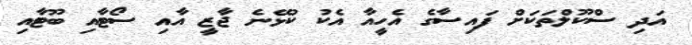
އަދި ސްކޫލްތަކަށް ފައިސާގެ އެހީއާ އެކު ކުޅޭނެ ޖާޒީ އާއި ސޯޓާއި ބޫޓާއި